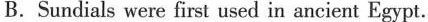
B. Sundials were first used in ancient Egypt.